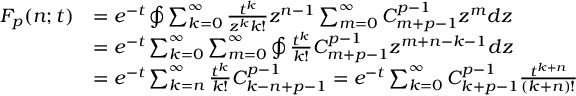
\begin{array} { r l } { F _ { p } ( n ; t ) } & { = e ^ { - t } \oint \sum _ { k = 0 } ^ { \infty } \frac { t ^ { k } } { z ^ { k } k ! } z ^ { n - 1 } \sum _ { m = 0 } ^ { \infty } C _ { m + p - 1 } ^ { p - 1 } z ^ { m } d z } \\ & { = e ^ { - t } \sum _ { k = 0 } ^ { \infty } \sum _ { m = 0 } ^ { \infty } \oint \frac { t ^ { k } } { k ! } C _ { m + p - 1 } ^ { p - 1 } z ^ { m + n - k - 1 } d z } \\ & { = e ^ { - t } \sum _ { k = n } ^ { \infty } \frac { t ^ { k } } { k ! } C _ { k - n + p - 1 } ^ { p - 1 } = e ^ { - t } \sum _ { k = 0 } ^ { \infty } C _ { k + p - 1 } ^ { p - 1 } \frac { t ^ { k + n } } { ( k + n ) ! } } \end{array}